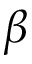
\beta